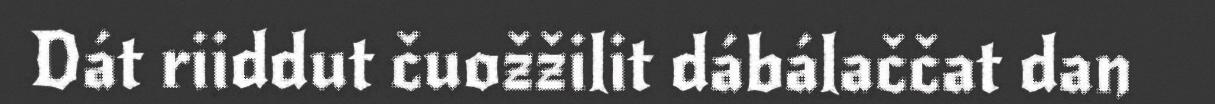
Dát riiddut čuožžilit dábálaččat dan